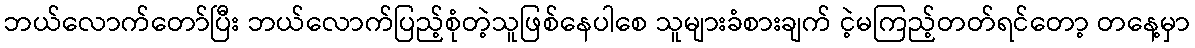
ဘယ်လောက်တော်ပြီး ဘယ်လောက်ပြည့်စုံတဲ့သူဖြစ်နေပါစေ သူများခံစားချက် ငဲ့မကြည့်တတ်ရင်တော့ တနေ့မှာ